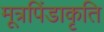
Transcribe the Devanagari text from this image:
मूत्रपिंडाकृति